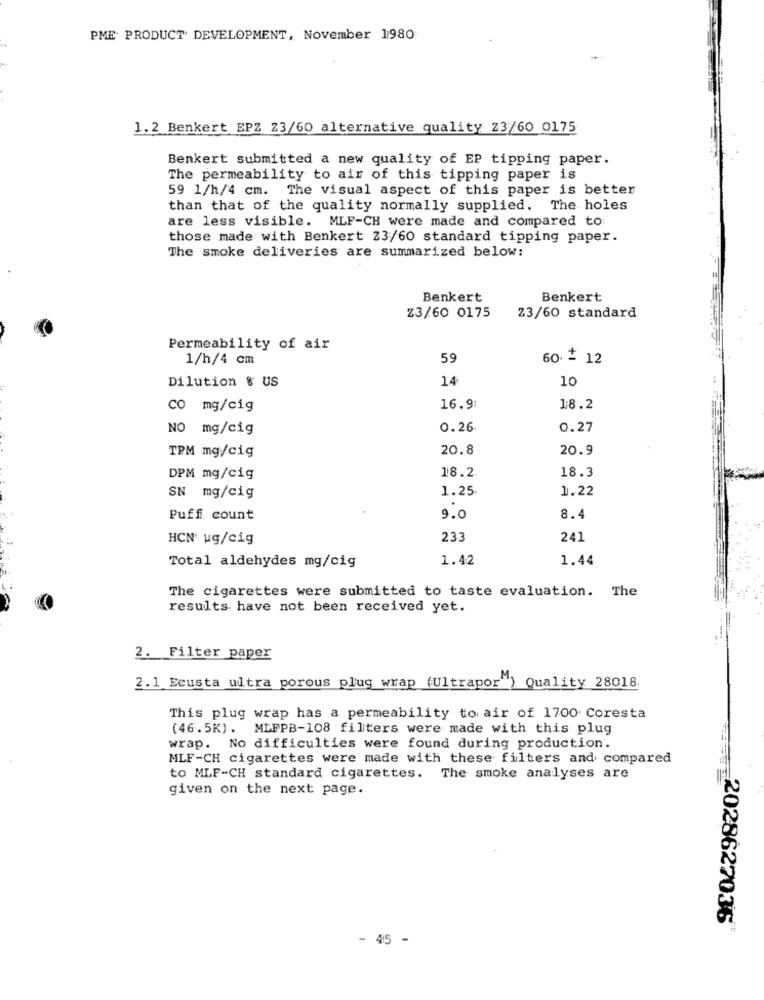
PME PRODUCT DEVELOPMENT, November 1980
1.2 Benkert EPZ Z3/60 alternative quality 23/60 0175
Benkert submitted a new quality of EP tipping paper.
The permeability to air of this tipping paper is
59 1/h/4 cm. The visual aspect of this paper is better
than that of the quality normally supplied. The holes
are less visible. MLF-CH were made and compared to:
those made with Benkert 23/60 standard tipping paper.
The smoke deliveries are summarized below:
Benkert
Benkert
Z3/60 0175
Z3/60 standard
Permeability of air
1/h/4 cm
59
60 + 12
Dilution & US
14
10
co mg/cig
16.9
18.2
NO mg/cig
0.26
0.27
20.8
20.9
TPM mg/cig
DPM mg/cig
18.2
18.3
1.25
1.22
SN mg/cig
Puff count
9.0
8.4
HCN' ug/cig
233
241
1.42
1.44
Total aldehydes mg/cig
The cigarettes were submitted to taste evaluation. The
results have not been received yet.
2. Filter paper
2.1 Ecusta ultra porous plug wrap (Ultrapor") Quality 28018.
This plug wrap has a permeability to air of 1700 Coresta
(46.5K) . MLFPB-108 filters were made with this plug
wrap. No difficulties were found during production.
MLF-CH cigarettes were made with these filters and compared
to MLF-CH standard cigarettes. The smoke analyses are
given on the next page.
-2028627036
- 45 -